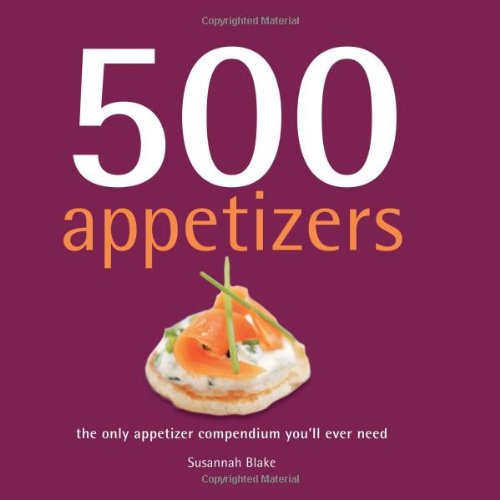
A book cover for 500 Appetizers: The Only Appetizer Compendium You'll Ever Need (500 Cooking (Sellers)); Susannah Blake; Cookbooks, Food & Wine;